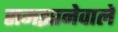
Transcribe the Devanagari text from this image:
समझानेवाले